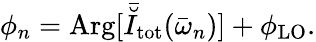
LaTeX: \phi_{n}=\mathrm{Arg}[\bar{\breve{I}}_{\mathrm{tot}}(\bar{\omega}_{n})]+\phi_{\mathrm{LO}}.